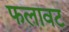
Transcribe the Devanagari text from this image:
फलावट